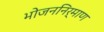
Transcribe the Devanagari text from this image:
भोजननिर्माण